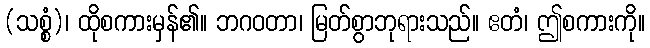
(သစ္စံ)၊ ထိုစကားမှန်၏။ ဘဂဝတာ၊ မြတ်စွာဘုရားသည်။ ဧတံ၊ ဤစကားကို။